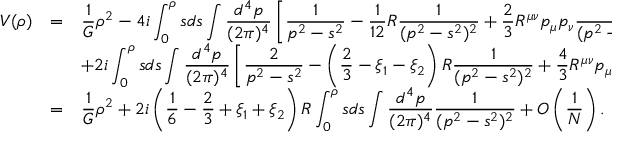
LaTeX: \begin{array} { r c l } { { \displaystyle V ( \rho ) } } & { { = } } & { { \displaystyle \frac { 1 } { G } \rho ^ { 2 } - 4 i \int _ { 0 } ^ { \rho } s d s \int \frac { d ^ { 4 } p } { ( 2 \pi ) ^ { 4 } } \left[ \frac { 1 } { p ^ { 2 } - s ^ { 2 } } - \frac { 1 } { 1 2 } R \frac { 1 } { ( p ^ { 2 } - s ^ { 2 } ) ^ { 2 } } + \frac { 2 } { 3 } R ^ { \mu \nu } p _ { \mu } p _ { \nu } \frac { 1 } { ( p ^ { 2 } - s ^ { 2 } ) ^ { 3 } } \right] } } \\ { { } } & { { } } & { { \displaystyle + 2 i \int _ { 0 } ^ { \rho } s d s \int \frac { d ^ { 4 } p } { ( 2 \pi ) ^ { 4 } } \left[ \frac { 2 } { p ^ { 2 } - s ^ { 2 } } - \left( \frac { 2 } { 3 } - \xi _ { 1 } - \xi _ { 2 } \right) R \frac { 1 } { ( p ^ { 2 } - s ^ { 2 } ) ^ { 2 } } + \frac { 4 } { 3 } R ^ { \mu \nu } p _ { \mu } p _ { \nu } \frac { 1 } { ( p ^ { 2 } - s ^ { 2 } ) ^ { 3 } } \right] } } \\ { { } } & { { = } } & { { \displaystyle \frac { 1 } { G } \rho ^ { 2 } + 2 i \left( \frac { 1 } { 6 } - \frac { 2 } { 3 } + \xi _ { 1 } + \xi _ { 2 } \right) R \int _ { 0 } ^ { \rho } s d s \int \frac { d ^ { 4 } p } { ( 2 \pi ) ^ { 4 } } \frac { 1 } { ( p ^ { 2 } - s ^ { 2 } ) ^ { 2 } } + { \cal O } \left( \frac { 1 } { N } \right) . } } \end{array}